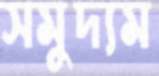
সমুদ্যম